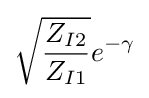
{\sqrt {\frac {Z_{I2}}{Z_{I1}}}}e^{-\gamma }